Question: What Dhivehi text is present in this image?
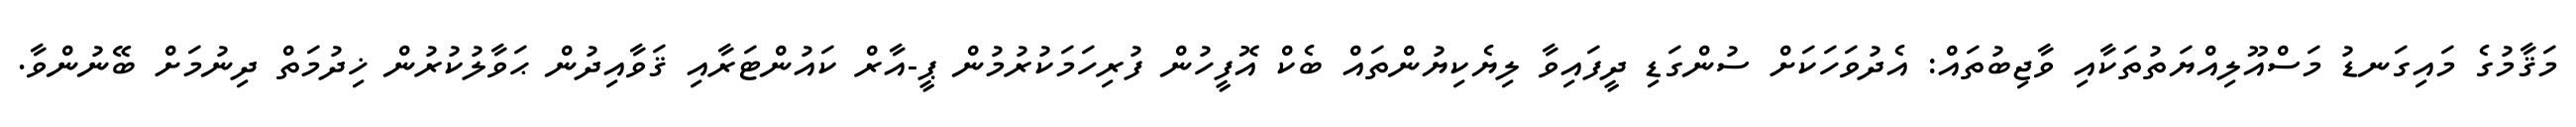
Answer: މަޤާމުގެ މައިގަނޑު މަސްއޫލިއްޔަތުތަކާއި ވާޖިބުތައް: އެދުވަހަކަށް ސުންގަޑި ދީފައިވާ ލިޔެކިޔުންތައް ބެކް އޮފީހުން ފުރިހަމަކުރުމުން ޕީ-އާރް ކައުންޓަރާއި ޤަވާއިދުން ޙަވާލުކުރުން ޚިދުމަތް ދިނުމަށް ބޭނުންވާ.